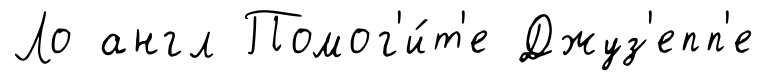
Ло англ Помог'и́т'е Джуз'епп'е